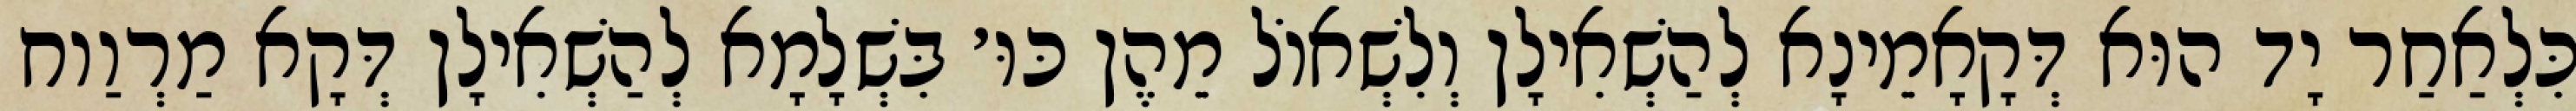
כִּלְאַחַר יָד הוּא דְּקָאָמֵינָא לְהַשְׁאִילָן וְלִשְׁאוֹל מֵהֶן כּוּ׳ בִּשְׁלָמָא לְהַשְׁאִילָן דְּקָא מַרְוַוח